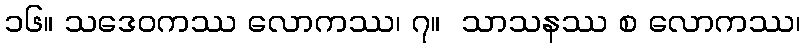
၁၆။ သဒေဝကဿ လောကဿ၊ ၇။  သာသနဿ စ လောကဿ၊